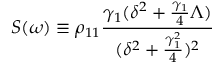
S ( \omega ) \equiv \rho _ { 1 1 } \frac { \gamma _ { 1 } ( \delta ^ { 2 } + \frac { \gamma _ { 1 } } { 4 } \Lambda ) } { ( \delta ^ { 2 } + \frac { \gamma _ { 1 } ^ { 2 } } { 4 } ) ^ { 2 } }